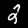
Digit: 2